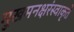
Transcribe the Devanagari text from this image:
मुखमनक्षरंस्वाकृते